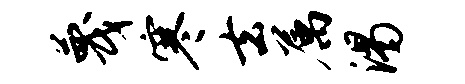
蔑寒去属渴